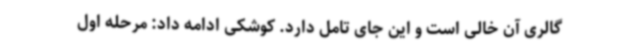
گالری آن خالی است و این جای تامل دارد. کوشکی ادامه داد: مرحله اول